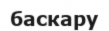
баскару